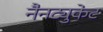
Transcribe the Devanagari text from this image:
नैनट्युकेट